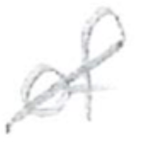
Text: of
Cross-out: diagonal
Writing tool: pencil